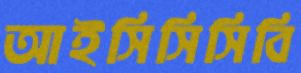
আইসিসিসিবি